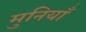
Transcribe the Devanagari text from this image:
मुनियाँ